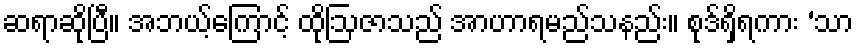
ဆရာဆိုပြီ။ အဘယ့်ကြောင့် ထိုဩဇာသည် အာဟာရမည်သနည်း။ စုဒ်ရှိရကား ‘သာ